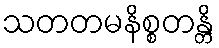
သတတမနိစ္စတန္တိ